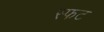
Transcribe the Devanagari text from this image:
स्फट